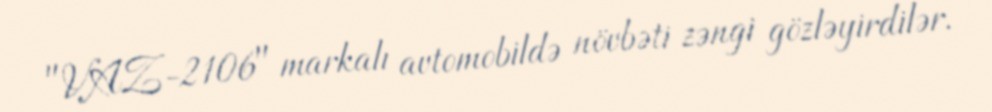
"VAZ-2106" markalı avtomobildə növbəti zəngi gözləyirdilər.